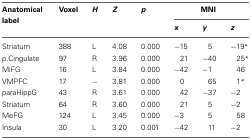
<table><thead><tr><td><b>Anatomical label</b></td><td><b>Voxel</b></td><td><b><i>H</i></b></td><td><b><i>Z</i></b></td><td><b><i>p</i></b></td><td colspan="3"><b>MNI</b></td></tr><tr><td></td><td></td><td></td><td></td><td></td><td><b><i>x</i></b></td><td><b><i>y</i></b></td><td><b><i>z</i></b></td></tr></thead><tbody><tr><td>Striatum</td><td>388</td><td>L</td><td>4.08</td><td>0.000</td><td>−15</td><td>5</td><td>−19<sup>*</sup></td></tr><tr><td>p.Cingulate</td><td>97</td><td>R</td><td>3.96</td><td>0.000</td><td>21</td><td>−40</td><td>25<sup>*</sup></td></tr><tr><td>MiFG</td><td>16</td><td>L</td><td>3.84</td><td>0.000</td><td>−42</td><td>−1</td><td>46</td></tr><tr><td>VMPFC</td><td>17</td><td>−</td><td>3.81</td><td>0.000</td><td>0</td><td>65</td><td>1<sup>*</sup></td></tr><tr><td>paraHippG</td><td>43</td><td>R</td><td>3.61</td><td>0.000</td><td>42</td><td>−37</td><td>−2</td></tr><tr><td>Striatum</td><td>64</td><td>R</td><td>3.60</td><td>0.000</td><td>21</td><td>5</td><td>−2</td></tr><tr><td>MeFG</td><td>124</td><td>L</td><td>3.45</td><td>0.000</td><td>−3</td><td>5</td><td>58</td></tr><tr><td>Insula</td><td>30</td><td>L</td><td>3.20</td><td>0.001</td><td>−42</td><td>11</td><td>−2</td></tr></tbody></table>